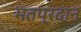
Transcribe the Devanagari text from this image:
मतप्रदान